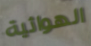
الهوائية